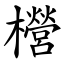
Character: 櫿